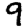
Digit: 9